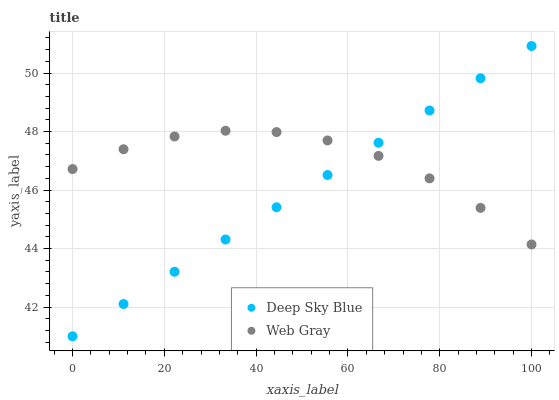
| xaxis_label | Deep Sky Blue | Web Gray |
 | --- | --- | --- |
 | 0 | 41 | 46.7 |
 | 11.1 | 42.1 | 47.4 |
 | 22.2 | 43.2 | 47.8 |
 | 33.3 | 44.3 | 48 |
 | 44.4 | 45.4 | 48 |
 | 55.6 | 46.5 | 47.7 |
 | 66.7 | 47.6 | 47.2 |
 | 77.8 | 48.7 | 46.4 |
 | 88.9 | 49.8 | 45.4 |
 | 100 | 50.9 | 44.1 |